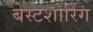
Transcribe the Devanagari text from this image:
बेस्टशोरिंग